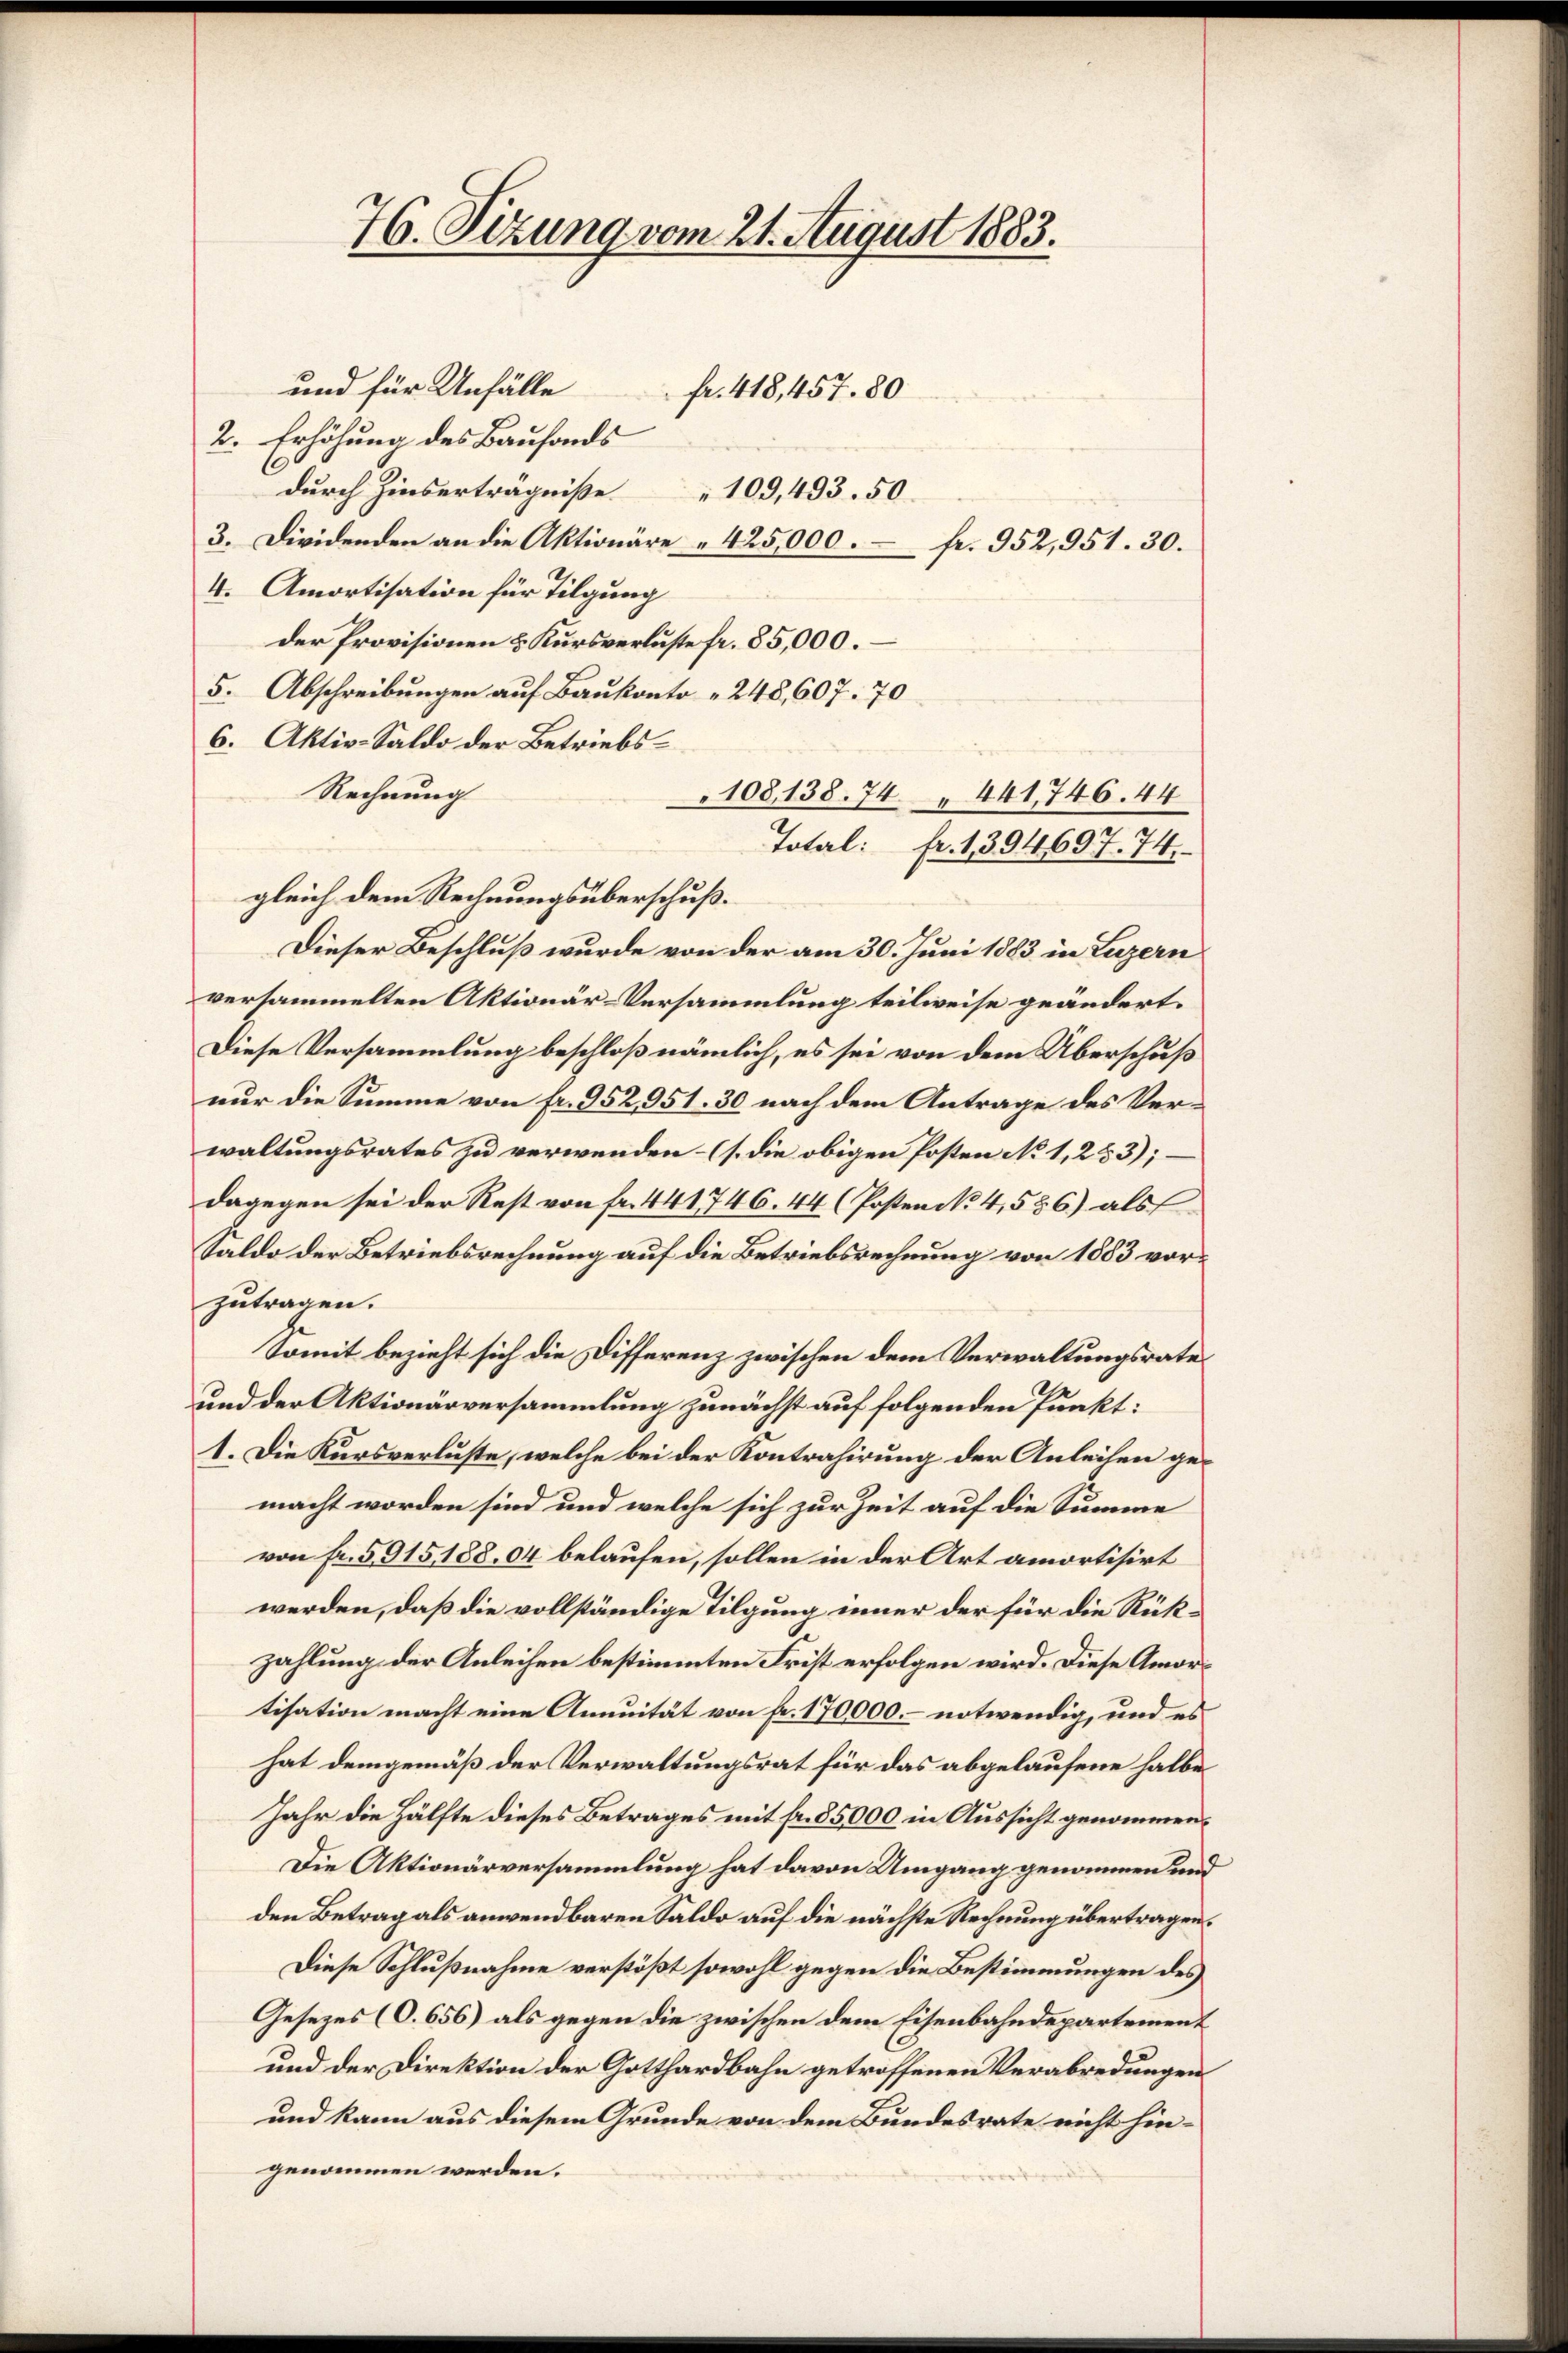
76. Sizung vom 21. August 1883.

und für Unfälle
fr. 418,457. 80
2. Erhöhung des Baufands
l
durch Zinserträgniße
109, 493. 50.
3. Dividenden an die Aktionäre 425,000 Fr. 952,951. 30.
4. Amortisation für Tilgung
der Provisionen u. Kursverluste fr. 85,000.
5. Abschreibungen auf Baukonto " 248,607. 70
6. Aktiv-Saldo der Betriebs¬
Rechnung
108,138. 74. 441,746. 44
Total: fr. 1394697. 74.
gleich dem Rechnungsüberschuß.
Dieser Beschluß wurde von der am 30. Juni 1883 in Luzern
versammelten Aktionär-Versammlung teilweise geändert.
Diese Versammlung beschloß nämlich, es sei von dem Überschuß
nur die Summe von fr. 952951. 30 nach dem Antrage des Verwaltungsrates zu verwenden – (s. die obigen Posten No 1, 253);
dagegen sei der Rest von fr. 441746. 44 (Posten No. 4,586) als
Saldo der Betriebsrechnung auf die Betriebsrechnung von 1883 vorzutragen.
Somit bezieht sich die Differenz zwischen dem Verwaltungsrates
und der Aktionärversammlung zunächst auf folgenden Punkt:
1. Die Kursverluste, welche bei der Kontrahirung der Anleihen gemacht worden sind und welche sich zur Zeit auf die Summe
von fr. 5915188. 04 belaufen, sollen in der Art amortisirt
werden, daß die vollständige Tilgung inner der für die Rükzahlung der Anleihen bestimmten Frist erfolgen wird. Diese Amortisation macht eine Annuität von fr. 170,000.- notwendig, und es
hat demgemäß der Verwaltungsrat für das abgelaufene halbe
Jahr die Hälfte dieses Betrages mit fr. 85,000 in Aussicht genommen¬
Die Aktionärversammlung hat davon Umgang genommen und
den Betrag als anwendbaren Saldo auf die nächste Rechnung übertragen.
Diese Schlußnahme verstößt sowohl gegen die Bestimmungen des
Gesezes (O. 656) als gegen die zwischen dem Eisenbahndepartement
und der Direktion der Gotthardbahn getroffenen Verabredungen
und kann aus diesem Grunde von dem Bundesrate nicht hingenommen werden.